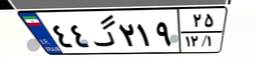
۴۴گ۲۱۹۲۵